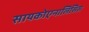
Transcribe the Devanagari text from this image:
सायकोएनालिसिस